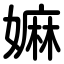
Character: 嫲